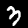
Label: 3